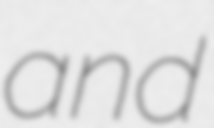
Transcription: and